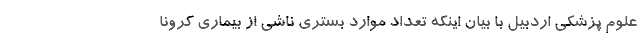
علوم پزشکی اردبیل با بیان اینکه تعداد موارد بستری ناشی از بیماری کرونا